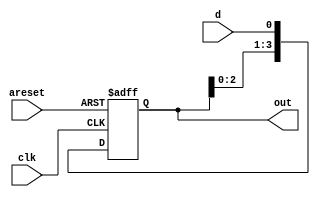
module n_bit_shift_register(
	input d, clk, areset,
	output reg [N-1:0] out
);

	parameter N = 4;

	always @(posedge clk, negedge areset) begin
		if (!areset) out <= {N{1'b0}};
		else out <= {out[N-2:0], d};
	end

endmodule